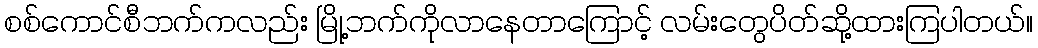
စစ်ကောင်စီဘက်ကလည်း မြို့ဘက်ကိုလာနေတာကြောင့် လမ်းတွေပိတ်ဆို့ထားကြပါတယ်။